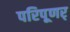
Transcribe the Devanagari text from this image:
परिपूणर्